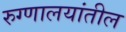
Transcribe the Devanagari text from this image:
रुग्णालयांतील